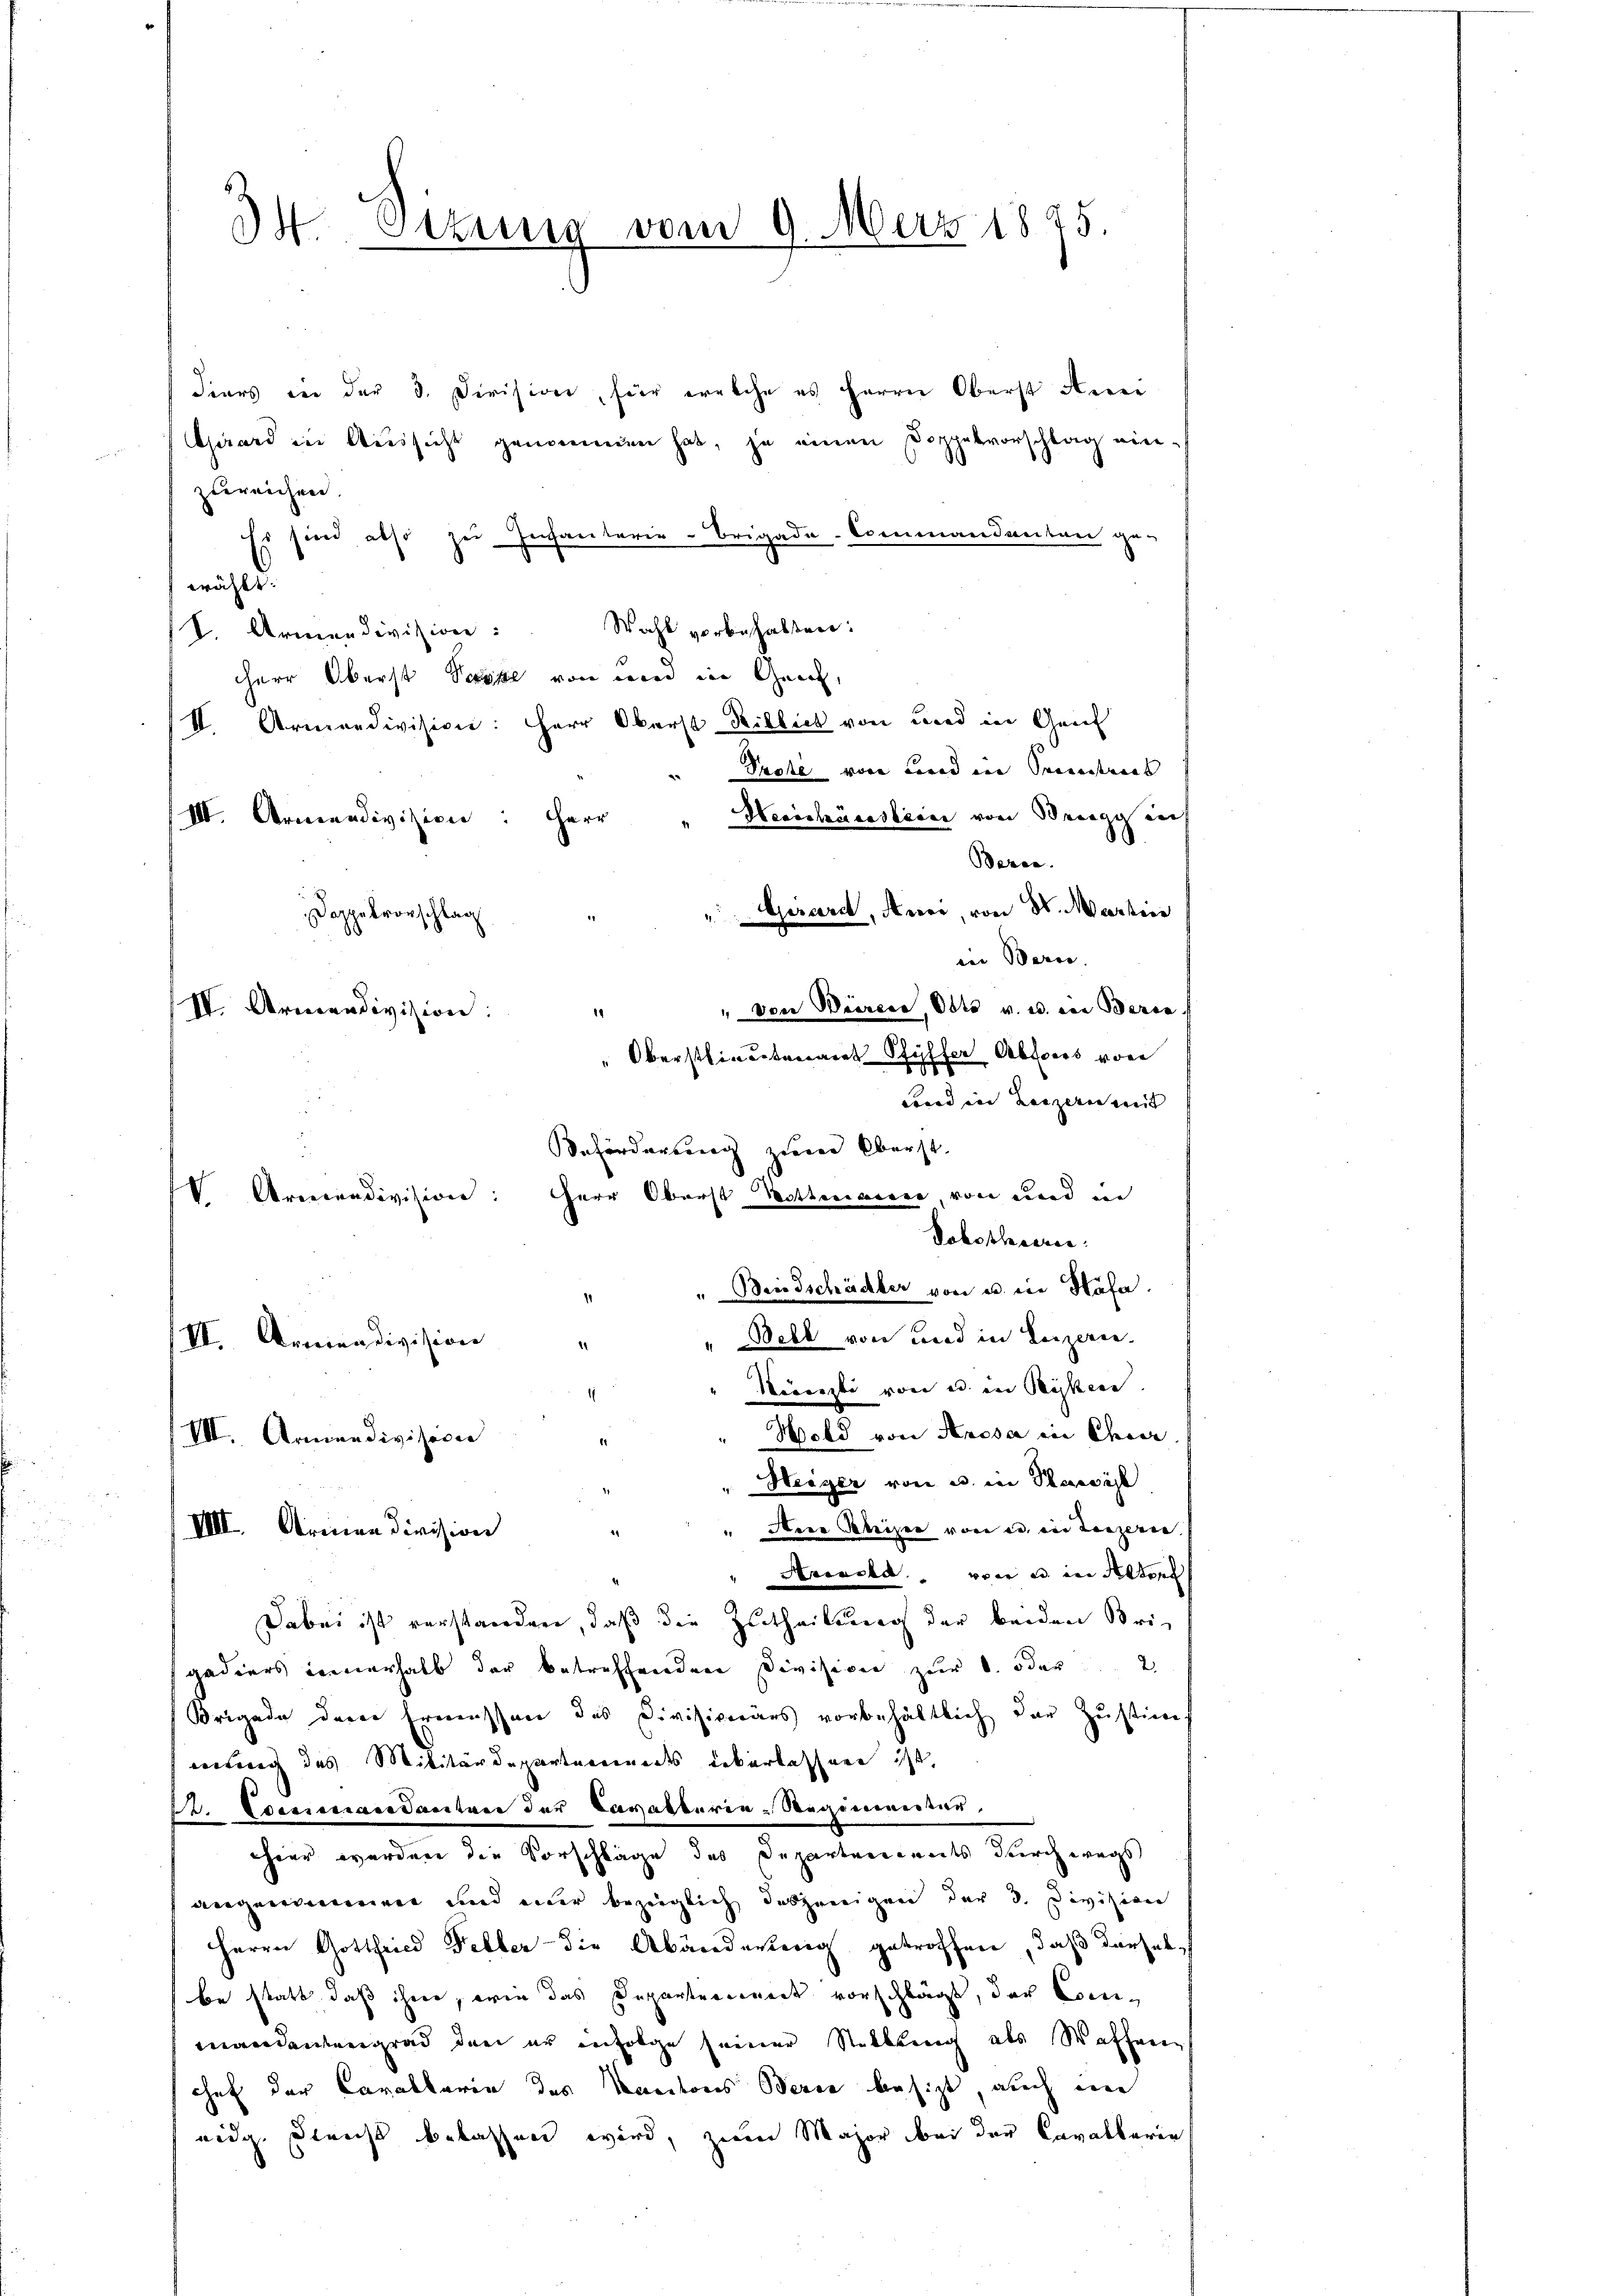
I. Ortung vom 9. März 1875.

IV. Armendivision:

IV Armendivision:
VI. Armendivision

Fiers in der 3. Division, für welche es Herrn Oberst Anei
Girard in Aussicht genommen hat, ja einen Doppelvorschlag einzureichen.
Es sind also zu Jechantarie-Brigade-Commandanten ge-
nicht.
S. Armendivision: Wahl vorbehalten:
Herr Oberst Septe von wird in Genf,
II. Armendivision: Herr Oberst Billich von Fried in Greif
Strohe von Canad ein Seinerstrars
Herishäceslesen von Bregg auch
III. Armendivision: Herr
Bezce.
"Gescardt, Anni, von H. Merkenn
Doppelvorschlag
in Beric
" von Waarere, Otto v. u. von Beren.
conen und Konzerin weit |
Beförderung zum Oberst
"Beidschädler von u. in Käfa.
" Bell von und in Leizeri
.
Nicenzli von u. in Rükern.
Wold von Anosa in Char
VII. Armendivision
Heiger von u. in Passist
Aere Reiser von der ein tanzerie.
VIII. Armen division
Anewebe wir es in Altorf
Dabei ist verstanden, daß die Zutheilung der beiden Brigediers innerhalb der betreffenden Division zur S. oder 2
Brigade dere Ermessen des Divisionärs vorbehältlich der Zustim-
wenig das Militärdepartareinerts Leberlassere ist,
d. Commandanter der Cavallerie-Reginneren
hier werden die Vorschläge des Departenirats durch wegs
angenommen und einer bezüglich dasjenigen der 3. Division
Herrn Gottfried Feller - die Abänderteng getroffen, daß derselbe statt, daß ihren, wie das Departennert vorschlägt, der Commandantengrad den er infolge seiner Nubbling als Wafferen
hef der Cavallarin des Kantons Berin besizt, auch in
eidg. Gleicht belassen wird, zum Major bei der Cavallarie

¬

" Oberstlieutenant Pfyffer Abtors von

Herr Oberst Bothecareie, von und in
Dorotheeren.